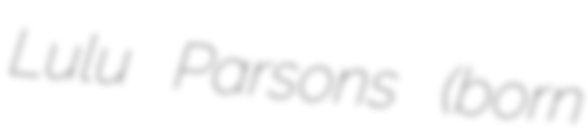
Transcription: Lulu Parsons (born